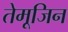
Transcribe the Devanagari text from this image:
तेमूजिन